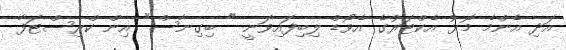
އަދި އެންމެ މޮޅު އެކްޓަރުގެ އެވޯޑް ލިބިފައިވަނީ " ބިގިނާސް" އިން ކްރިސްޓަފާ